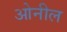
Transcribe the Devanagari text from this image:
ओनील